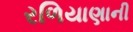
રળિયાણાની